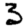
Digit: 3